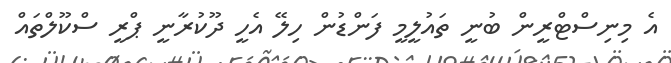
އެ މިނިސްޓްރީން ބުނީ ތައުލީމީ ފަންޑުން ހިލޭ އެހީ ދޫކުރާނީ ޕްރީ ސްކޫލްތައް